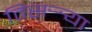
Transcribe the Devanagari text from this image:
तिसर्‍र्‍या